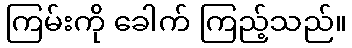
ကြမ်းကို ခေါက် ကြည့်သည်။